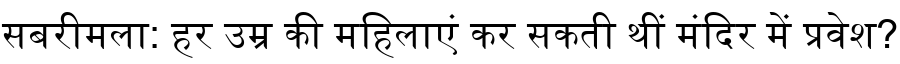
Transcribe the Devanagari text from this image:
सबरीमला: हर उम्र की महिलाएं कर सकती थीं मंदिर में प्रवेश?